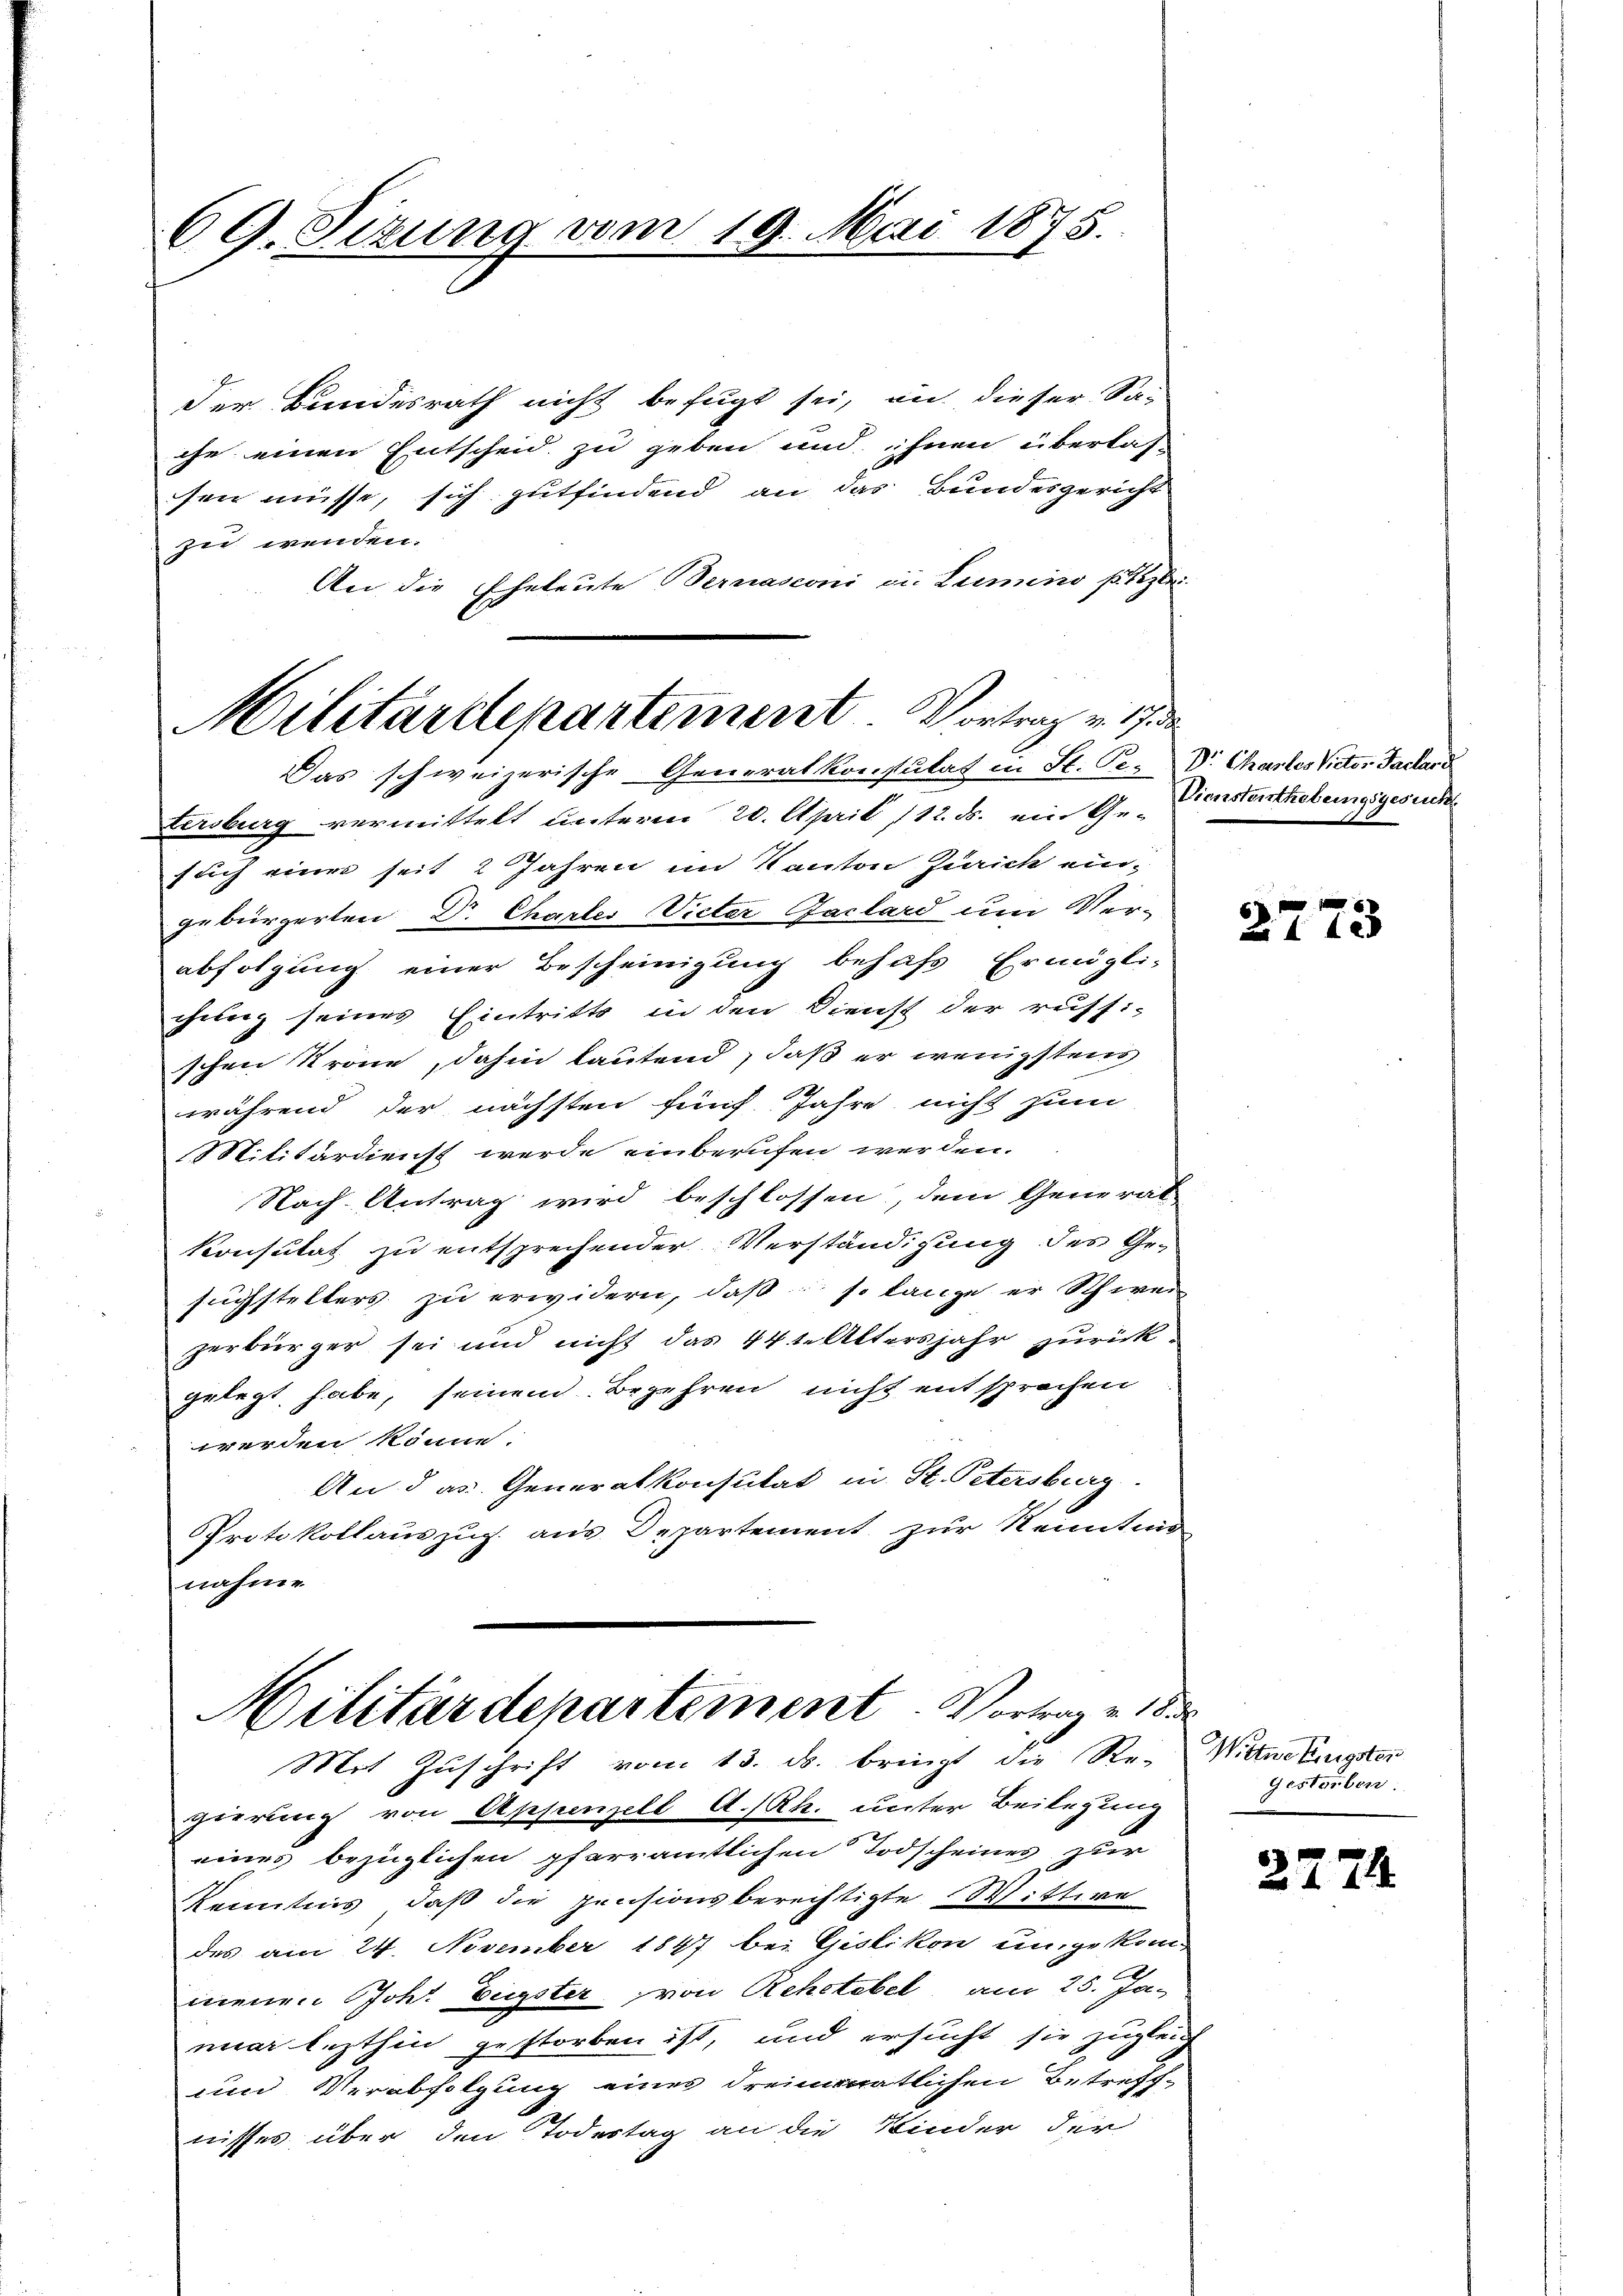
69. Sitzung vom 19. Mai 1875.

der Bundesrath nicht befugt sei, an dieser Sa-
che einen Entscheid zu geben und ihnen überlas
sen müsse, sich gutfindend an das Bundesgericht
zu wenden.
An die Eheleute Bernasconi ein Lumino potzlei
tersburg vermittelt unterm 20. April 112. ds. ein Ge-
such eines seit 2 Jahren im Kanton Zürich eingebürgerten Dr Chartes Vieter Faclard um Ver-
abfolgung einer Bescheinigung behufs Ermgli-
chung seines Eintritts in den Dienst der russi-
schen Krone, dahin lautend, daß er wenigstens
während der nächsten fünf. Jahre nicht zum
Militärdienst werde einberufen werden.
Nach Antrag wird beschlossen, dem General-
konsulat zu entsprechender Verständigung des Gesuchstellers zu erwidern, daß so lange er Schwei
zerbürger sei und nicht das 44 t. Altersjahr zurück
gelegt habe, seinem Begehren nicht entsprochen
werden könne.
An das Generalkonsulat in St. Petersburg
Protokollauszug aus Departement zur Neitun
nahme

Militärdepartement Vortrag v. 17 d
Das schweizerische Generalkonsulat in St. Ge- Dr. Chartes Victor Fachard

Militärdepartement. Vortrage de
Mit Zuschrift vom 13. ds. bringt die Re-Wittwenigster

Diensterthebungsgesuch

gierung von Appenzell A.-Rh. unter Beilegung
eines bezüglichen pfarramtlichen Todscheines zur
Kenntnis, daß die pensionsberechtigte Wittwe
des am 24. November 1847 bei Gislikon ungekom¬
2
menen Joh. Eugster von Rehetebel am 25. Januar lezthin gestorben ist, und ersucht sie zugleich
und Verabfolgung eines dreimonatlichen Betreff-
nisses über den Todestag an die Kinder der

.
173

Gestorben.

2274